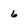
Character: 6